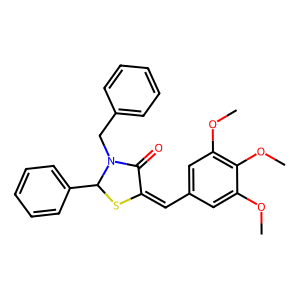
SMILES: COc1cc(C=C2SC(c3ccccc3)N(Cc3ccccc3)C2=O)cc(OC)c1OC
Inhibits HIV replication: No